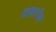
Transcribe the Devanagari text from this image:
जलार्पण